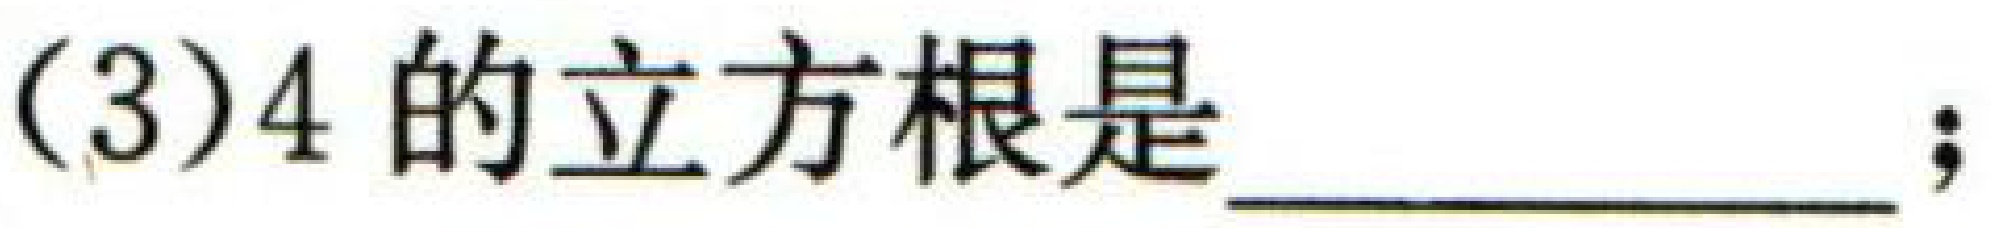
(3)$4$的立方根是\(\underline{\qquad\qquad}\)；